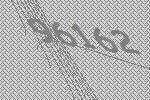
96162